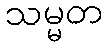
သမ္မတ